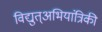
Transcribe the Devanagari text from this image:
विद्युत्अभियांत्रिकी